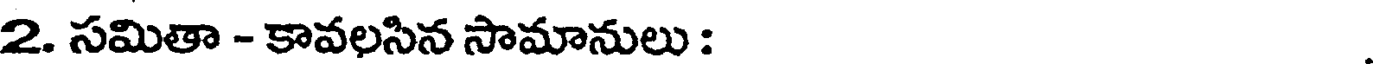
2. సమితా - కావలసిన సామానులు :